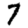
Digit: 7